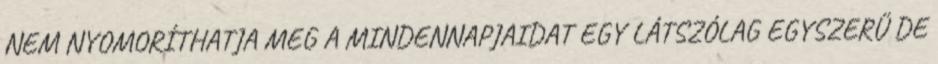
NEM NYOMORÍTHATJA MEG A MINDENNAPJAIDAT EGY LÁTSZÓLAG EGYSZERŰ DE